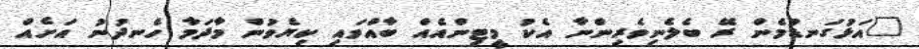
"އަޅުގަނޑުމެން ރޭ ބެލެނިވެރިންނާ އެކު މީޓިންއެއް ބާއްވައި ކިޔެވުން މާދަމާ ހެނދުނު އަށެއް